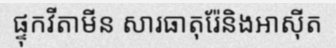
ផ្ទុកវីតាមីន សារធាតុរ៉ែនិងអាស៊ីត